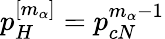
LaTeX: p_{H}^{[m_{\alpha}]}=p_{cN}^{m_{\alpha}-1}